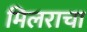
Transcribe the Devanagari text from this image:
मिलराचा